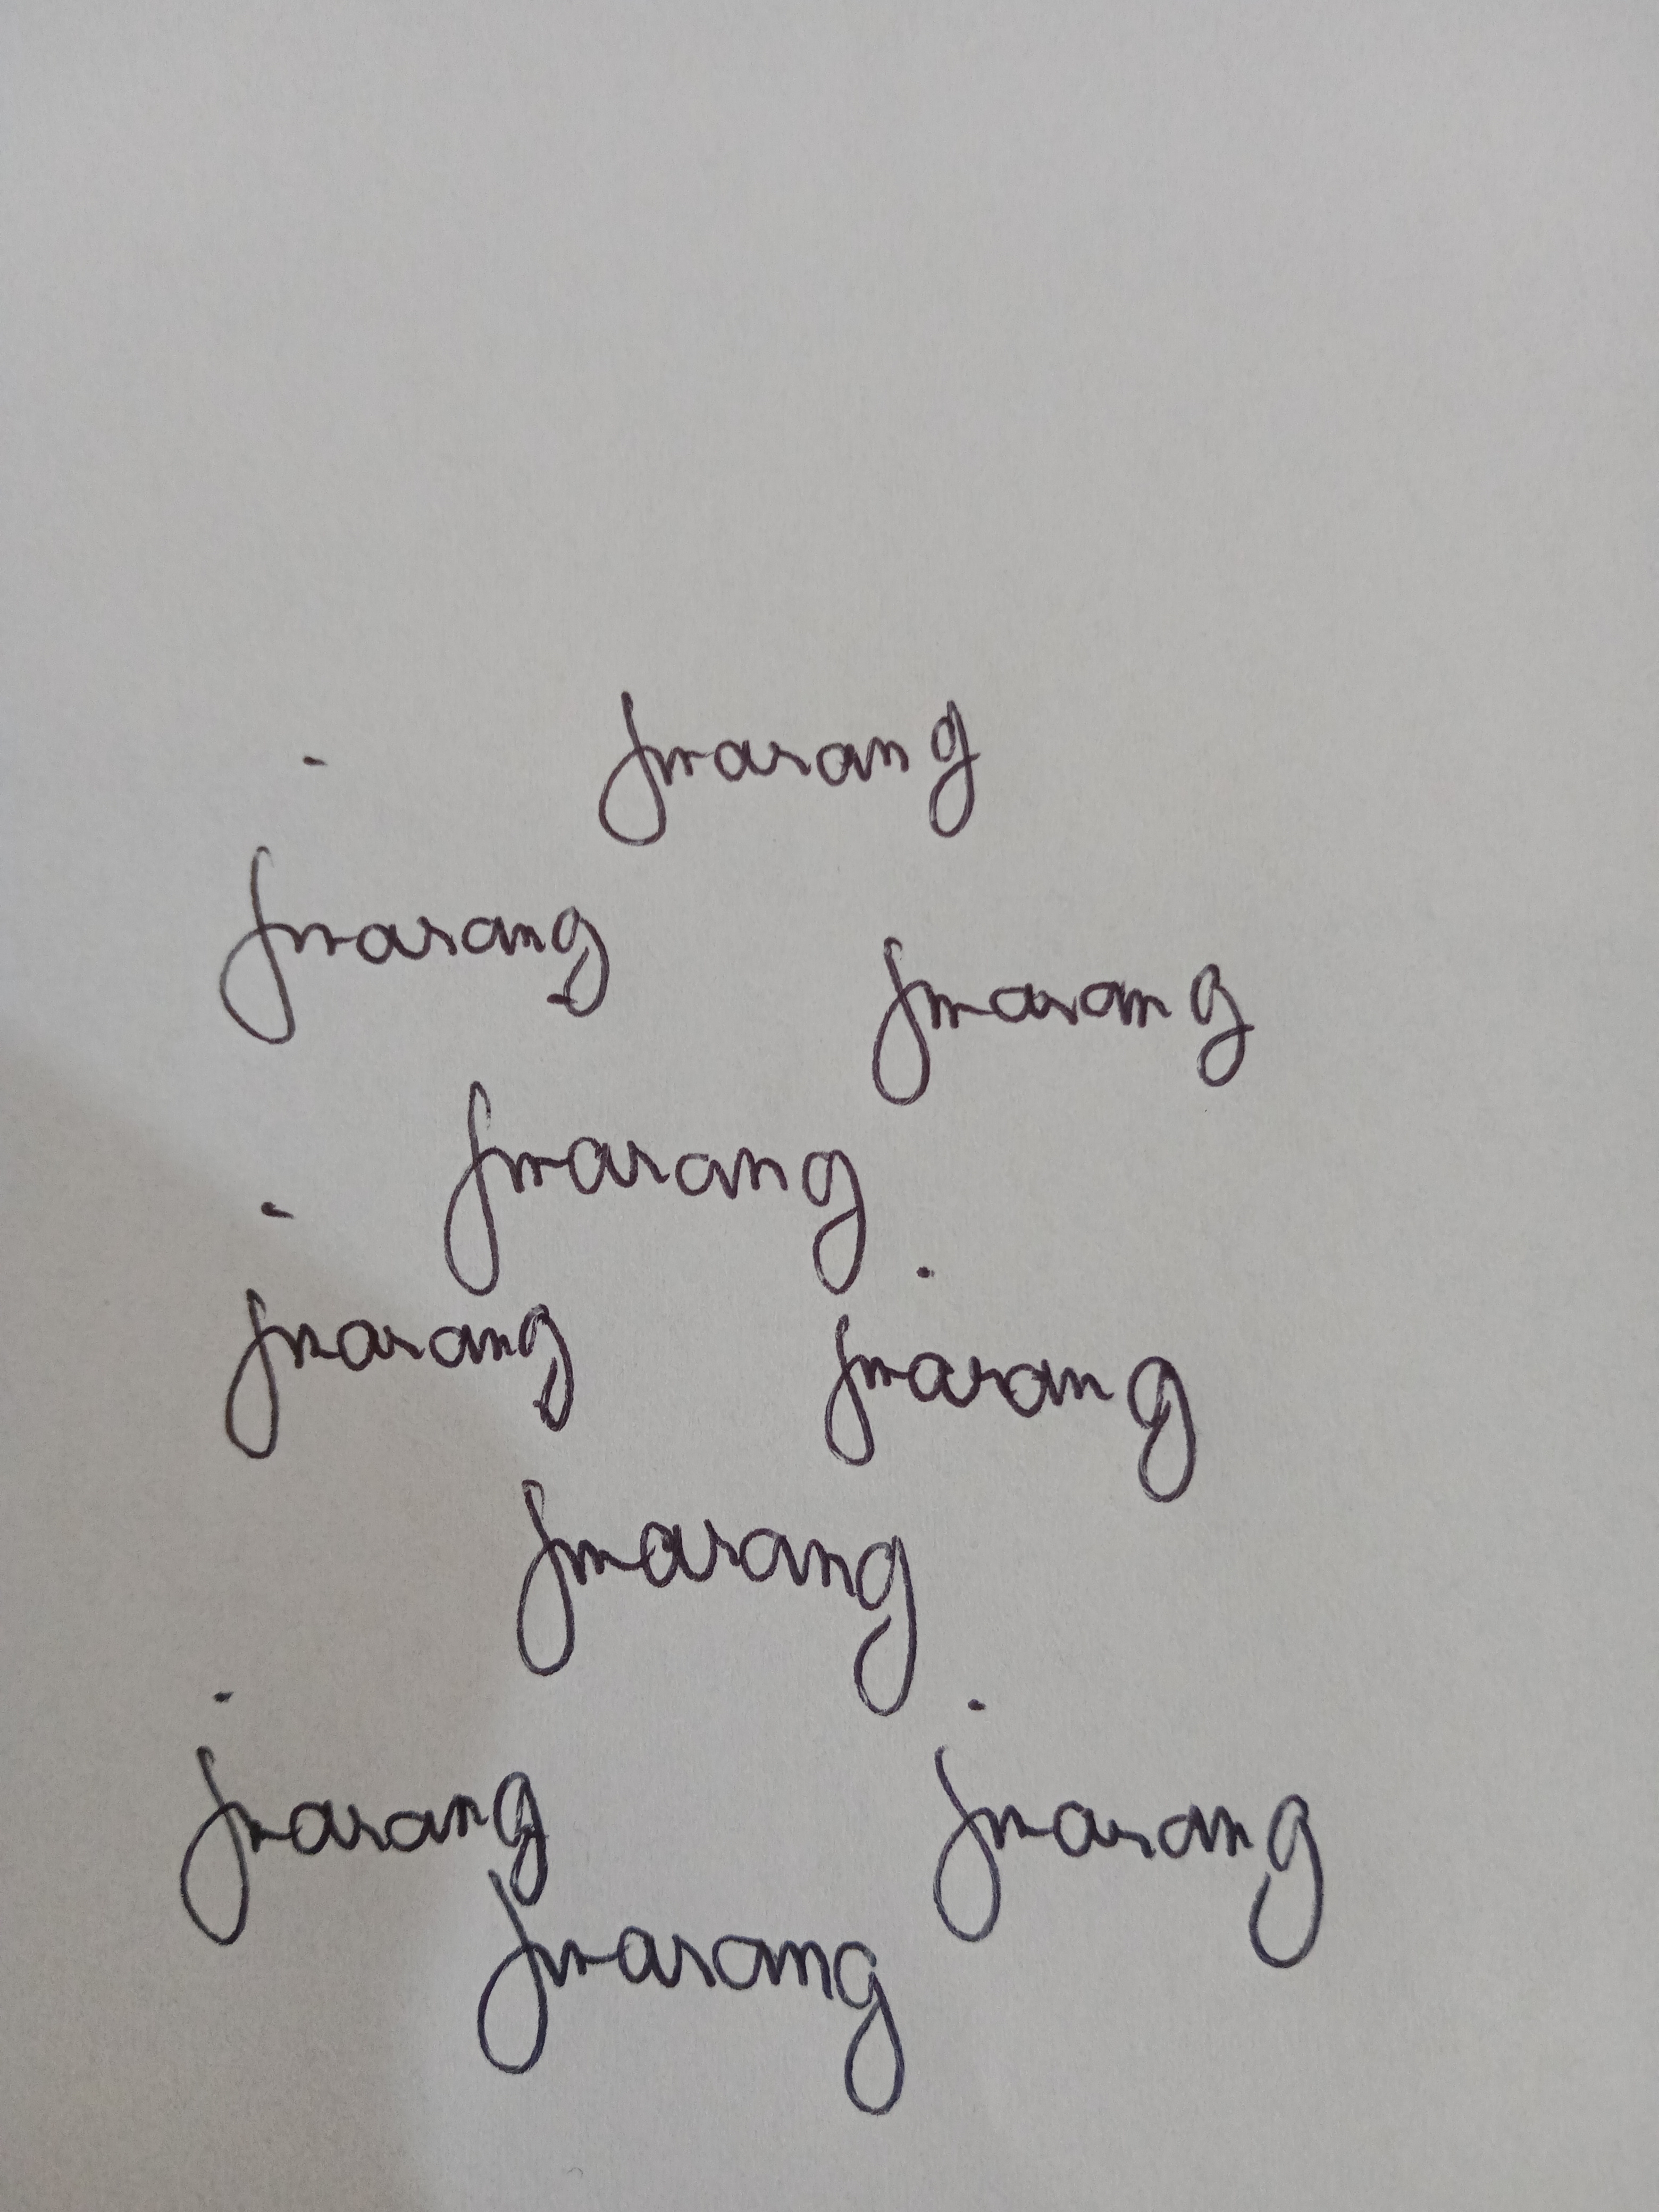
Signature authenticity: genuine